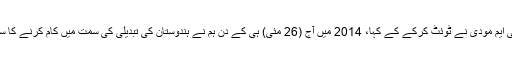
اس سلسلے میں پی ایم مودی نے ٹوئٹ کرکے کے کہا، 2014 میں آج (26 مئی) ہی کے دن ہم نے ہندوستان کی تبدیلی کی سمت میں کام کرنے کا سفر شروع کیا تھا۔